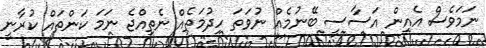
ނަމަވެސް އެއިން އަސާސީ ބޭނުމެއް ނުވަތަ ހިދުމަތެއް ނެތިއްޖެ ނަމަ ކަންތައް ކުރާނީ